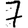
Digit: 7